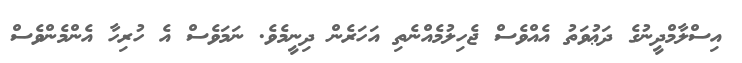
އިސްލާމްދީނުގެ ދަޢުވަތު އެއްވެސް ޖެހިލުމެއްނެތި އަހަރެން ދިނީމެވެ. ނަމަވެސް އެ ހުރިހާ އެންމެންވެސް